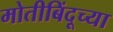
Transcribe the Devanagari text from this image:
मोतीबिंदूच्या